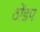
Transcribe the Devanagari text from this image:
ठोंडप